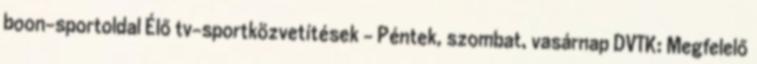
boon-sportoldal Élő tv-sportközvetítések – Péntek, szombat, vasárnap DVTK: Megfelelő